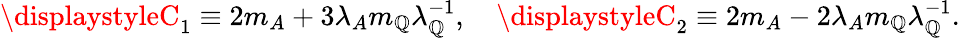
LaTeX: \displaystyleC_{1}\equiv2m_{A}+3\lambda_{A}m_{\mathbb{Q}}\lambda_{\mathbb{Q}}^{-1},\quad\displaystyleC_{2}\equiv2m_{A}-2\lambda_{A}m_{\mathbb{Q}}\lambda_{\mathbb{Q}}^{-1}.